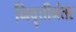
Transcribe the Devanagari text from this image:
निवॄत्तीनंतर